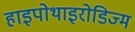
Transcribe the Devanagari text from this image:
हाइपोथाइरोडिज्म